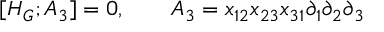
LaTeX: [ H _ { G } ; A _ { 3 } ] = 0 , \quad \quad A _ { 3 } = x _ { 1 2 } x _ { 2 3 } x _ { 3 1 } \partial _ { 1 } \partial _ { 2 } \partial _ { 3 }